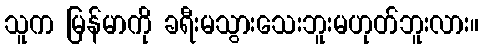
သူက မြန်မာကို ခရီးမသွားသေးဘူးမဟုတ်ဘူးလား။